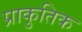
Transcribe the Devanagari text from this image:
प्राकुतिक